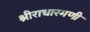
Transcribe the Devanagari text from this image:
श्रीराधारमणी